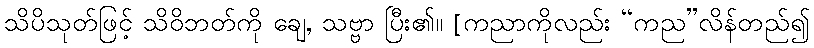
သိပိသုတ်ဖြင့် သိဝိဘတ်ကို ချေ, သဗ္ဗာ ပြီး၏။ [ကညာကိုလည်း “ကည”လိန်တည်၍